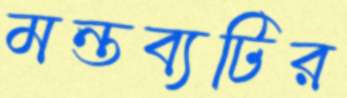
মন্তব্যটির